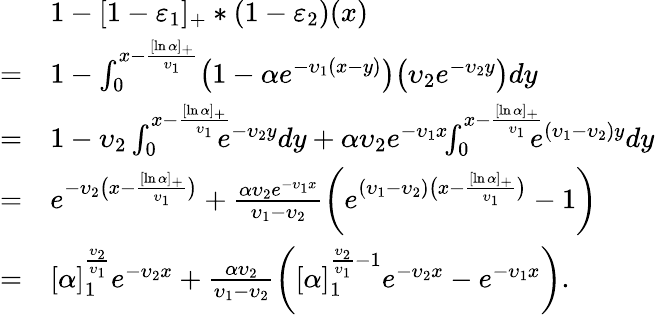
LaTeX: \begin{array}{rl}&{1-[1-\varepsilon_{1}]_{+}\ast(1-\varepsilon_{2})(x)}\\ {=}&{1-\int_{0}^{x-\frac{[\ln\alpha]_{+}}{\upsilon_{1}}}\bigl(1-\alpha e^{-\upsilon_{1}(x-y)}\bigr)\bigl(\upsilon_{2}e^{-\upsilon_{2}y}\bigr)dy}\\ {=}&{1-\upsilon_{2}\int_{0}^{x-\frac{[\ln\alpha]_{+}}{\upsilon_{1}}}\! \! \! \! e^{-\upsilon_{2}y}dy+\alpha\upsilon_{2}e^{-\upsilon_{1}x}\! \! \int_{0}^{x-\frac{[\ln\alpha]_{+}}{\upsilon_{1}}}\! \! \! \! e^{(\upsilon_{1}-\upsilon_{2})y}dy}\\ {=}&{e^{-\upsilon_{2}\bigl(x-\frac{[\ln\alpha]_{+}}{\upsilon_{1}}\bigr)}+\frac{\alpha\upsilon_{2}e^{-\upsilon_{1}x}}{\upsilon_{1}-\upsilon_{2}}\biggl(e^{(\upsilon_{1}-\upsilon_{2})\bigl(x-\frac{[\ln\alpha]_{+}}{\upsilon_{1}}\bigr)}-1\biggr)}\\ {=}&{[\alpha]_{1}^{\frac{\upsilon_{2}}{\upsilon_{1}}}e^{-\upsilon_{2}x}+\frac{\alpha\upsilon_{2}}{\upsilon_{1}-\upsilon_{2}}\biggl([\alpha]_{1}^{\frac{\upsilon_{2}}{\upsilon_{1}}-1}e^{-\upsilon_{2}x}-e^{-\upsilon_{1}x}\biggr).}\end{array}